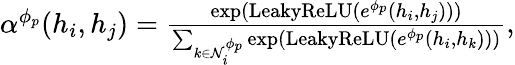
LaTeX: \begin{array}{r}{\begin{array}{r}{\alpha^{\phi_{p}}(h_{i},h_{j})=\frac{\exp(\mathrm{LeakyReLU}(e^{\phi_{p}}(h_{i},h_{j})))}{\sum_{k\in\mathcal{N}_{i}^{\phi_{p}}}\exp(\mathrm{LeakyReLU}(e^{\phi_{p}}(h_{i},h_{k})))},}\end{array}}\end{array}